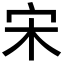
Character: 宋